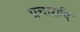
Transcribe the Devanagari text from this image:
प्रचारादि